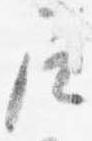
尼